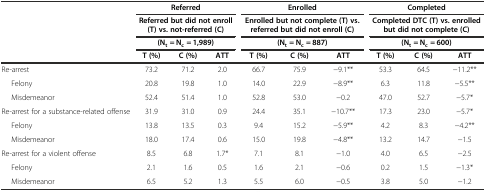
| <ROWSPAN=3>  | <COLSPAN=3> Referred | <COLSPAN=3> Enrolled | <COLSPAN=3> Completed |
 | <COLSPAN=3> Referred but did not enroll (T) vs. not-referred (C) | <COLSPAN=3> Enrolled but not complete (T) vs. referred but did not enroll (C) | <COLSPAN=3> Completed DTC (T) vs. enrolled but did not complete (C) |
 | <COLSPAN=3> (Nt = Nc = 1,989) | <COLSPAN=3> (Nt = Nc = 887) | <COLSPAN=3> (Nt = Nc = 600) |
 |  | T (%) | C (%) | ATT | T (%) | C (%) | ATT | T (%) | C (%) | ATT |
 | --- | --- | --- | --- | --- | --- | --- | --- | --- | --- |
 | Re-arrest | 73.2 | 71.2 | 2.0 | 66.7 | 75.9 | −9.1** | 53.3 | 64.5 | −11.2** |
 | Felony | 20.8 | 19.8 | 1.0 | 14.0 | 22.9 | −8.9** | 6.3 | 11.8 | −5.5** |
 | Misdemeanor | 52.4 | 51.4 | 1.0 | 52.8 | 53.0 | −0.2 | 47.0 | 52.7 | −5.7* |
 | Re-arrest for a substance-related offense | 31.9 | 31.0 | 0.9 | 24.4 | 35.1 | −10.7** | 17.3 | 23.0 | −5.7* |
 | Felony | 13.8 | 13.5 | 0.3 | 9.4 | 15.2 | −5.9** | 4.2 | 8.3 | −4.2** |
 | Misdemeanor | 18.0 | 17.4 | 0.6 | 15.0 | 19.8 | −4.8** | 13.2 | 14.7 | −1.5 |
 | Re-arrest for a violent offense | 8.5 | 6.8 | 1.7* | 7.1 | 8.1 | −1.0 | 4.0 | 6.5 | −2.5 |
 | Felony | 2.1 | 1.6 | 0.5 | 1.6 | 2.1 | −0.6 | 0.2 | 1.5 | −1.3* |
 | Misdemeanor | 6.5 | 5.2 | 1.3 | 5.5 | 6.0 | −0.5 | 3.8 | 5.0 | −1.2 |